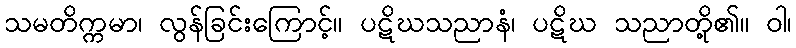
သမတိက္ကမာ၊ လွန်ခြင်းကြောင့်။ ပဋိဃသညာနံ၊ ပဋိဃ သညာတို့၏။ ဝါ၊